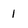
Character: 1